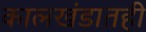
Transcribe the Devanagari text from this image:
कालखंडातही